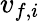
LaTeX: v_{f,i}